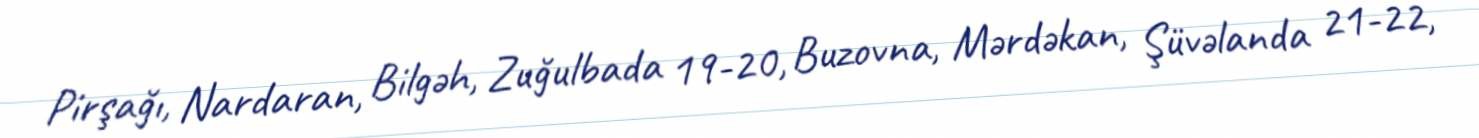
Pirşağı, Nardaran, Bilgəh, Zuğulbada 19-20, Buzovna, Mərdəkan, Şüvəlanda 21-22,